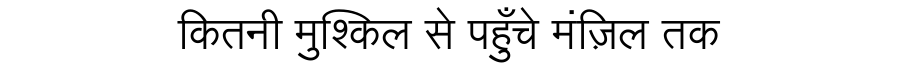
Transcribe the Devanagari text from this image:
कितनी मुश्किल से पहुँचे मंज़िल तक